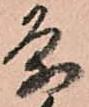
条